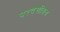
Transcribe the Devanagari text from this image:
परदेशीयच